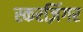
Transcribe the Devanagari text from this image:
स्करज़िंगर